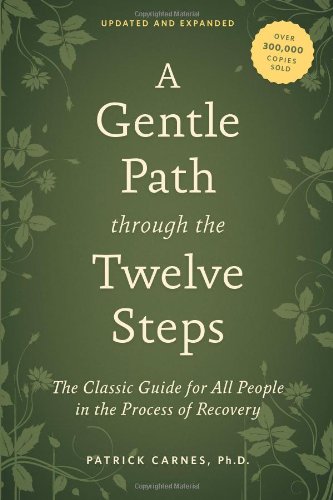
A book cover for A Gentle Path through the Twelve Steps: The Classic Guide for All People in the Process of Recovery; Patrick J. Carnes Ph.D.; Health, Fitness & Dieting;